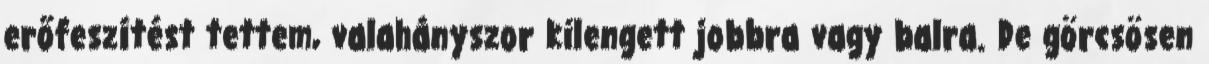
erőfeszítést tettem, valahányszor kilengett jobbra vagy balra. De görcsösen